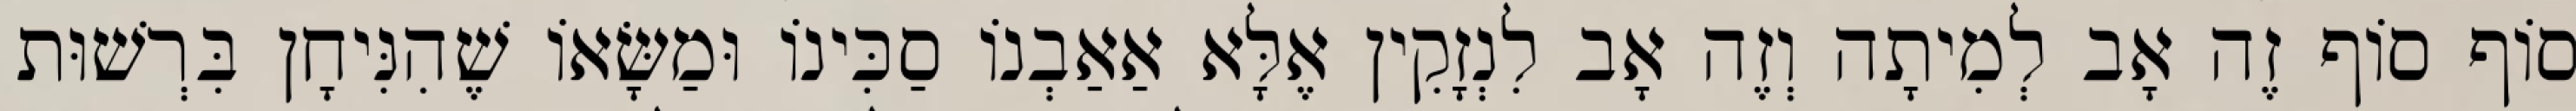
סוֹף סוֹף זֶה אָב לְמִיתָה וְזֶה אָב לִנְזָקִין אֶלָּא אַאַבְנוֹ סַכִּינוֹ וּמַשָּׂאוֹ שֶׁהִנִּיחָן בִּרְשׁוּת